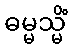
ဓမ္မသ္မိံ